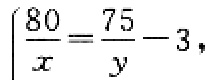
\(\left|\frac{80}{x}=\frac{75}{y}-3\right|\)